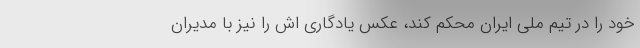
خود را در تیم ملی ایران محکم کند، عکس یادگاری اش را نیز با مدیران